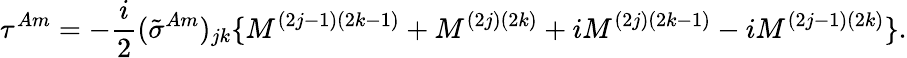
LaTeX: \tau^{Am}=-\frac{i}{2}(\tilde{\sigma}^{Am})_{jk}\{ M^{(2j-1)(2k-1)}+M^{(2j)(2k)}+iM^{(2j)(2k-1)}-iM^{(2j-1)(2k)}\} .